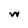
Character: w